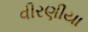
વીરણીયા